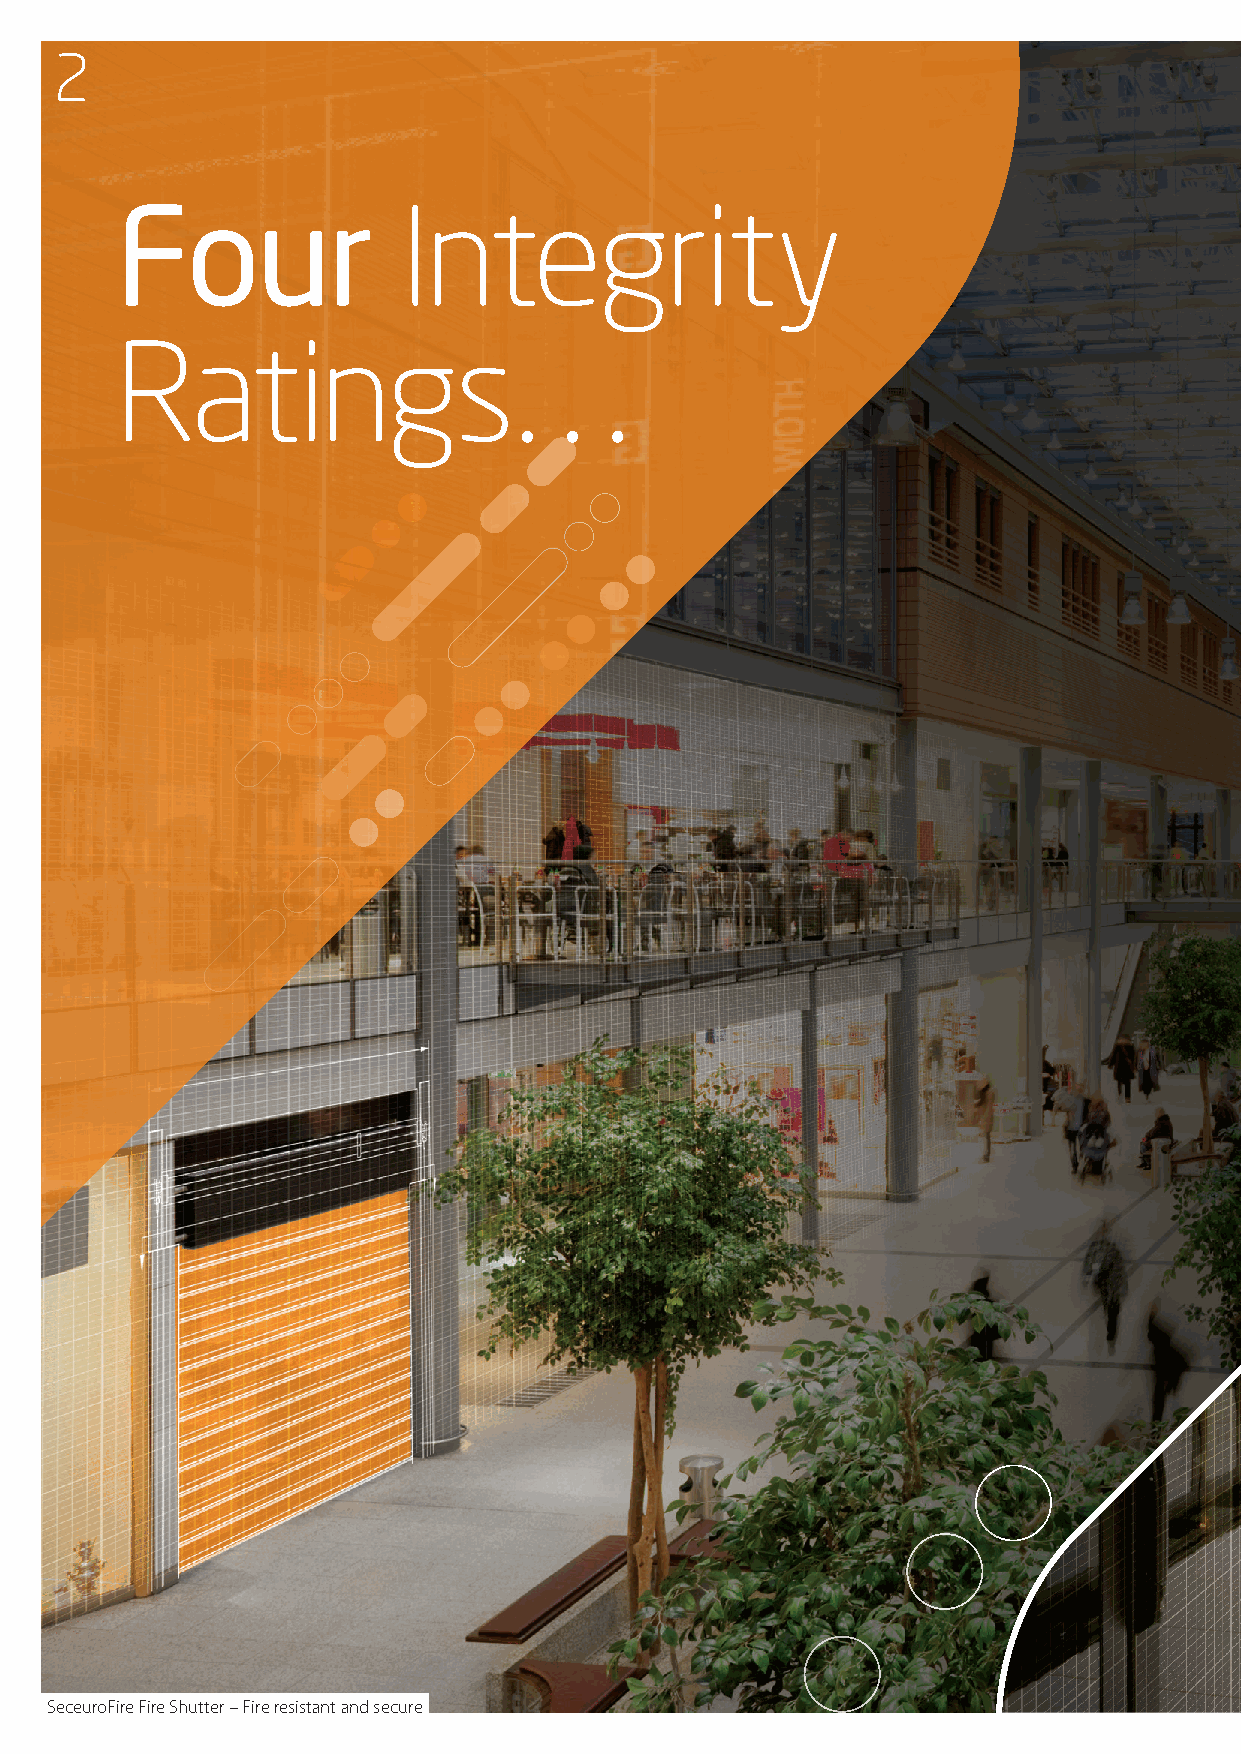
2
 Four              Integrity
 Ratings
 …
 SeceuroFire Fire Shutter – Fire resistant and secure